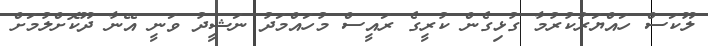
ލޫކަސް ހައްޔަރުކުރުމާ ގުޅިގެން ކުރީގެ ރައީސް މުހައްމަދު ނަޝީދު ވަނީ އޭނާ ދޫކޮށްލުމަށް